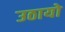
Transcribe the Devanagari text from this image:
उठायो